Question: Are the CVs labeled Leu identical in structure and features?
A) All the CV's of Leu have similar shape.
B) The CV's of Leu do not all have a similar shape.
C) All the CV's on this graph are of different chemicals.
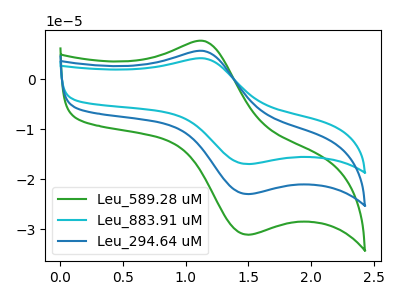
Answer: <think>The green curve "Leu_589.28 uM" has an anodic peak at (1.15V, 7.65uA) and a cathodic peak at (1.50V, -31.05uA). The cyan curve "Leu_883.91 uM" has an anodic peak at (1.15V, 11.25uA) and a cathodic peak at (1.50V, -45.90uA). The blue curve "Leu_294.64 uM" has an anodic peak at (1.15V, 5.65uA) and a cathodic peak at (1.50V, -22.95uA).
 All the peaks in "Leu_589.28 uM" have a peak in "Leu_883.91 uM" at the same potential. Every peak in "Leu_589.28 uM" is lower than every peak in "Leu_883.91 uM". All the peaks in "Leu_589.28 uM" have a peak in "Leu_294.64 uM" at the same potential. Every peak in "Leu_589.28 uM" is higher than every peak in "Leu_294.64 uM". All the peaks in "Leu_883.91 uM" have a peak in "Leu_294.64 uM" at the same potential. Every peak in "Leu_883.91 uM" is higher than every peak in "Leu_294.64 uM".</think>
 <answer>A) All the CV's of "Leu" have similar shape.</answer>
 <eval>A</eval>